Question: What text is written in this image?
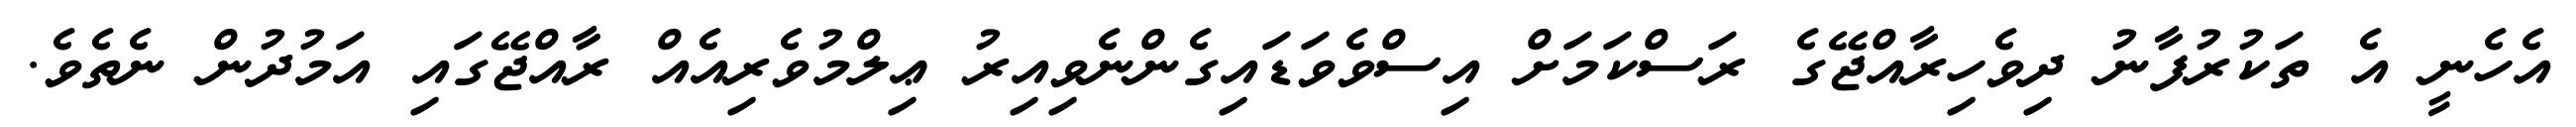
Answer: އެހެނީ އެ ތަކުރުފާނު ދިވެހިރާއްޖޭގެ ރަސްކަމަށް އިސްވެވަޑައިގެންނެވިއިރު ޢިލްމުވެރިއެއް ރާއްޖޭގައި އަމުދުން ނެތެވެ.